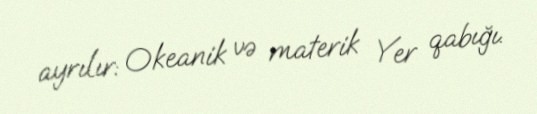
ayrılır: Okeanik və materik Yer qabığı.